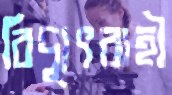
বিদ্যুৎবাহী